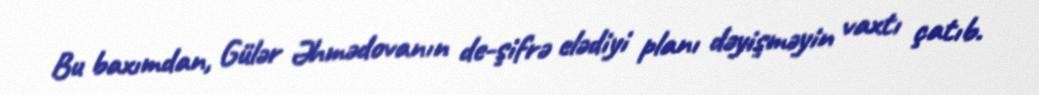
Bu baxımdan, Gülər Əhmədovanın de-şifrə elədiyi planı dəyişməyin vaxtı çatıb.